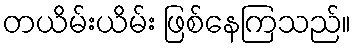
တယိမ်းယိမ်း ဖြစ်နေကြသည်။